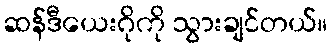
ဆန်ဒီယေးဂိုကို သွားချင်တယ်။